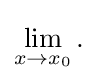
{\textstyle \textstyle \lim \limits _{x\to x_{0}}.\displaystyle }